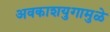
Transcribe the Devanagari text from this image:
अवकाशयुगामुळे